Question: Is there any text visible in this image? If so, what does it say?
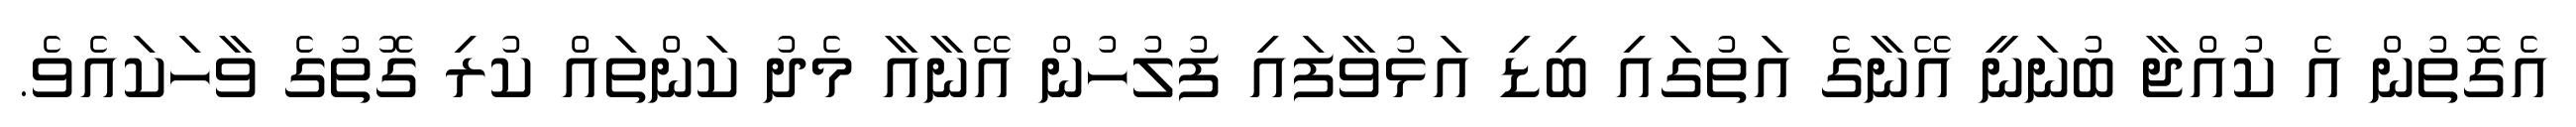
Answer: އެގޮތުން އެ ކުއްޖާ ބުނަނީ އޭނާގެ އަތުގައި ބިޑި އަޅުވާފައި ފުލުހުން އޭނާއާ މެދު ކަންތައް ކުރި ގޮތުގެ ވާހަކައެވެ.